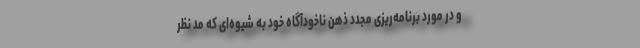
و در مورد برنامه‌ریزی مجدد ذهن ناخودآگاه خود به شیوه‌ای که مد نظر